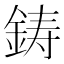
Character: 鋳